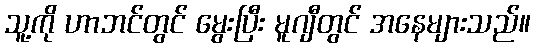
သူ့ကို ဟာဘင်တွင် မွေးပြီး မူဂျီတွင် အနေများသည်။